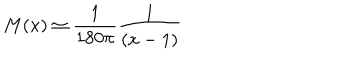
LaTeX: M ( x ) \simeq { \frac { 1 } { 1 8 0 \pi } } { \frac { 1 } { ( x - 1 ) } }